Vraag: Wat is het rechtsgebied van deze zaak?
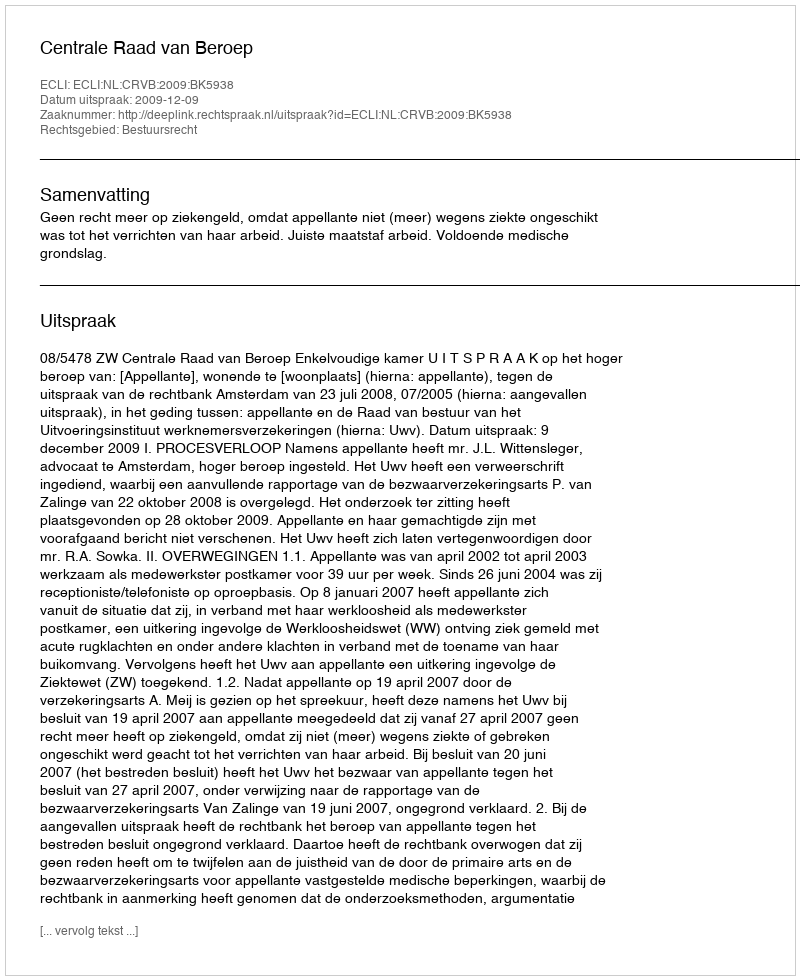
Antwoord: Bestuursrecht